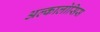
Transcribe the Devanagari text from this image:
अल्कालोसिस